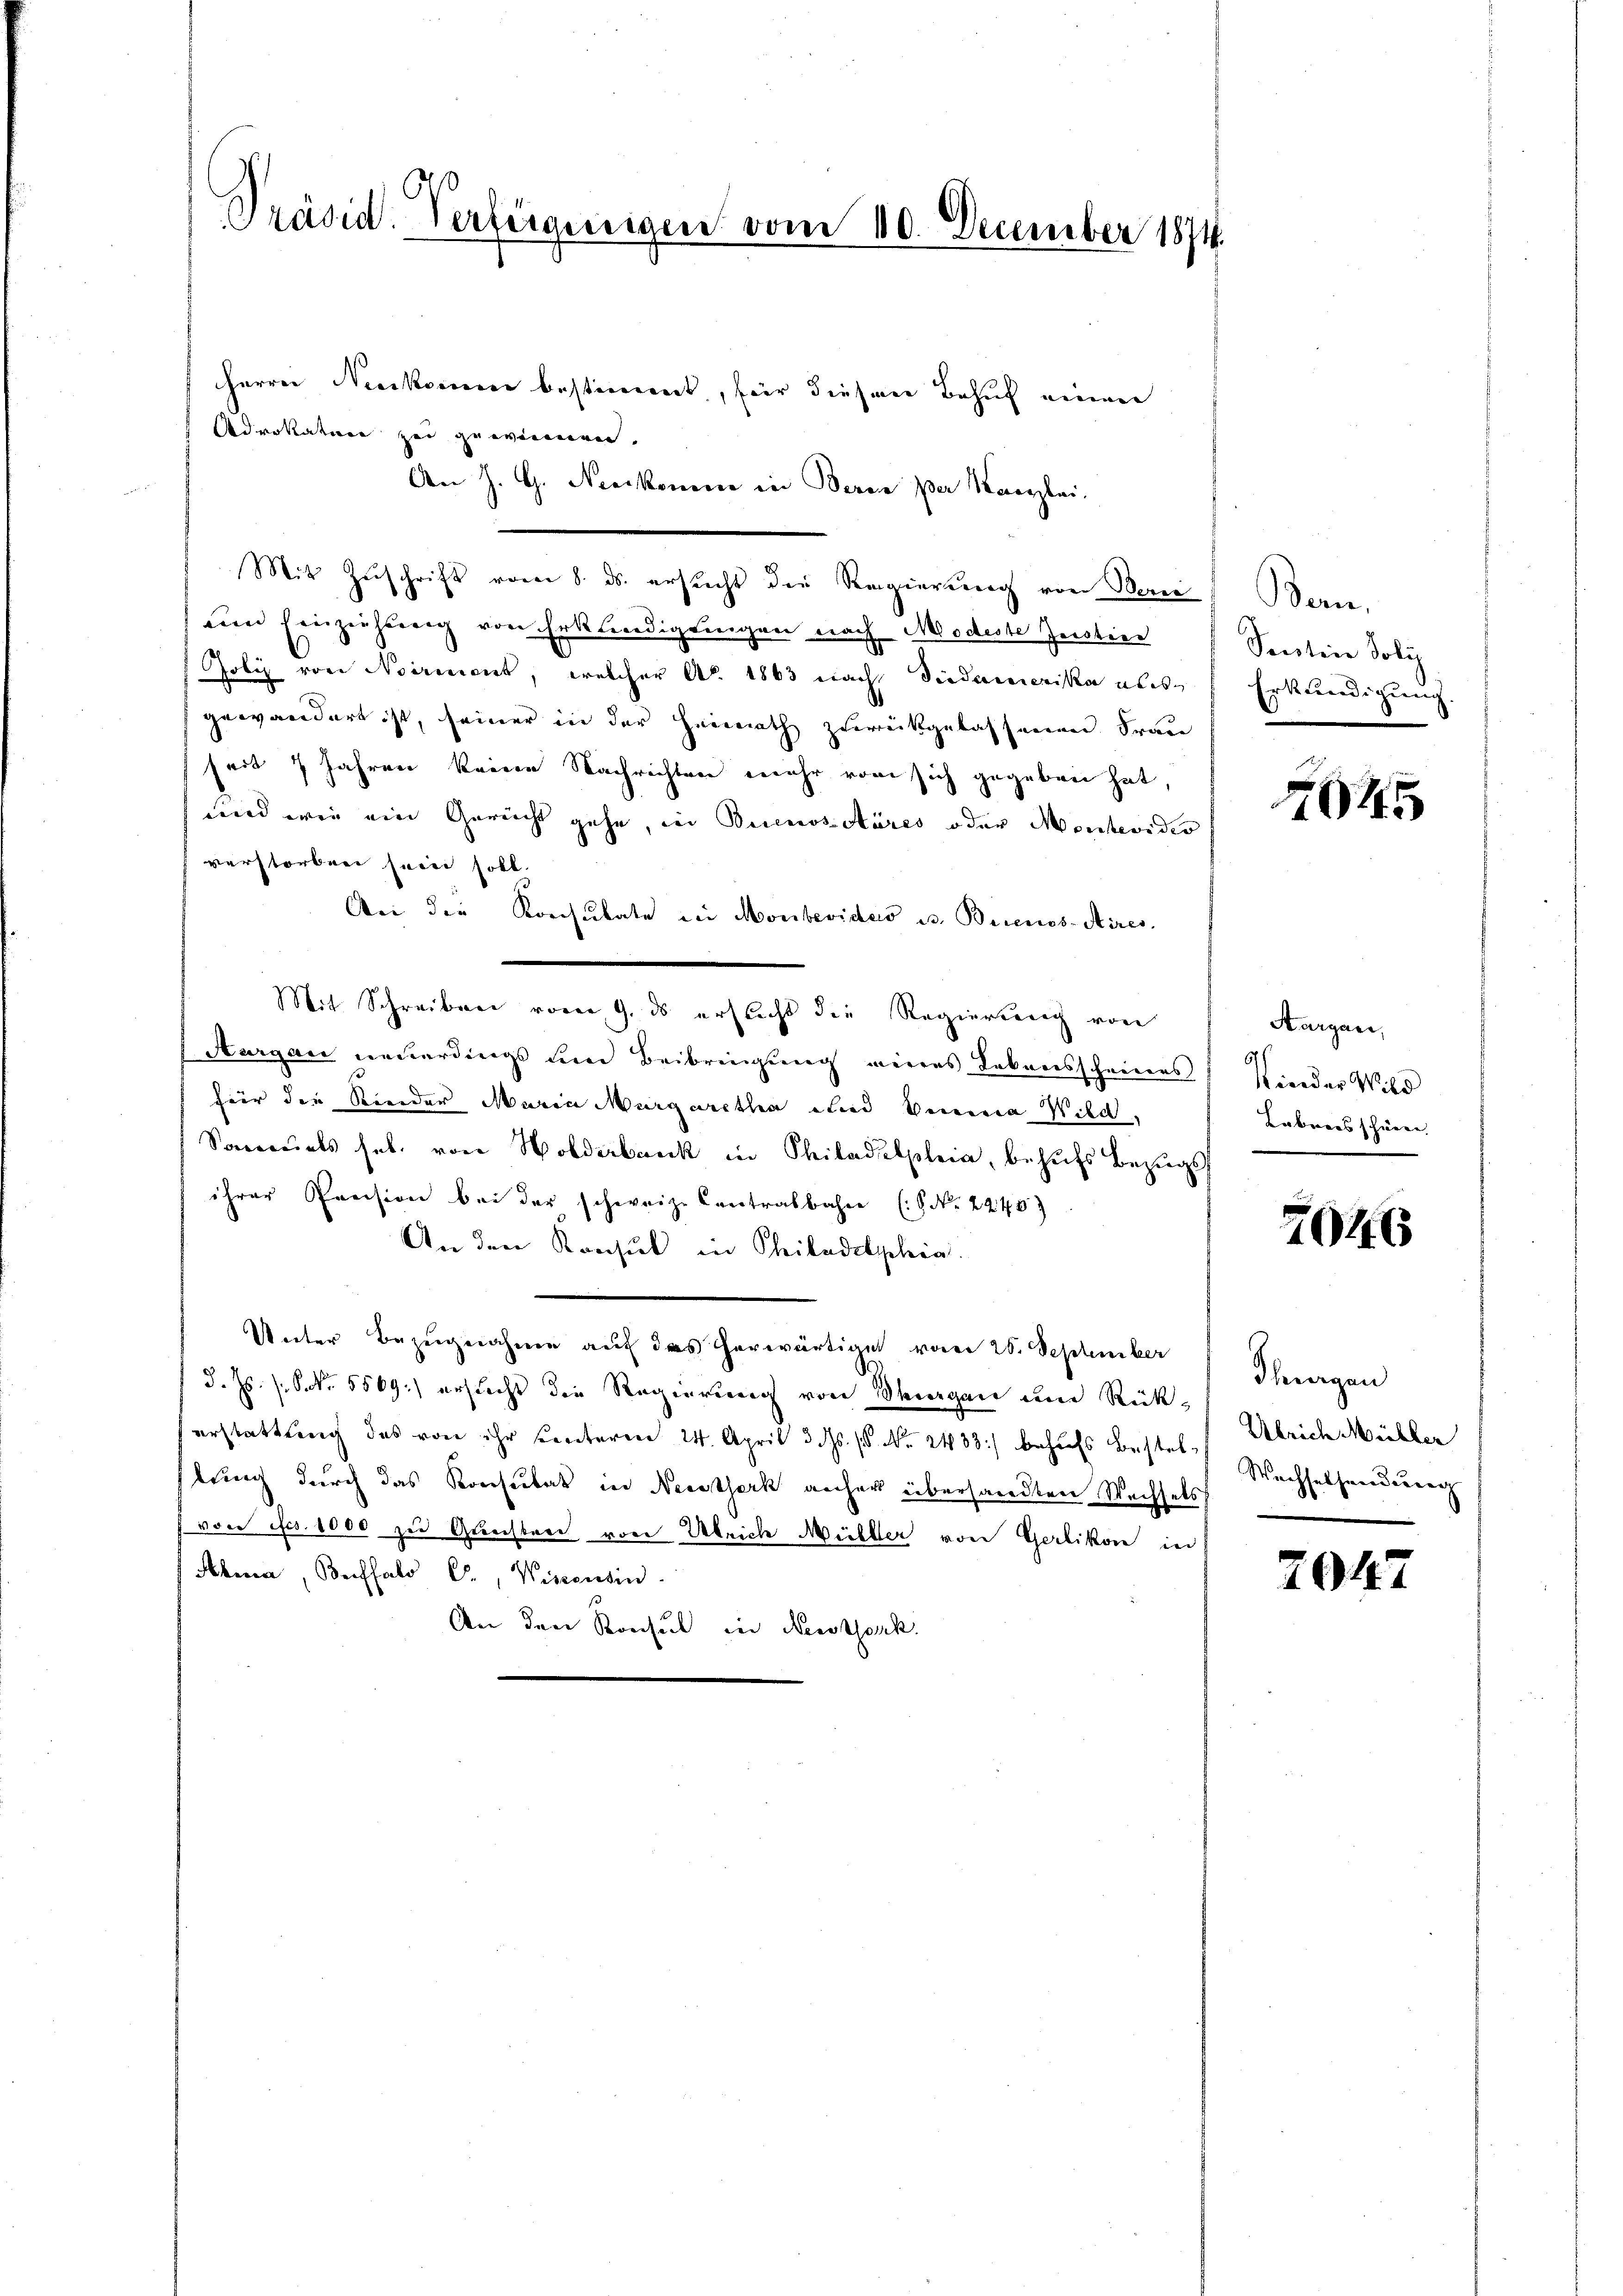
Präsid. Verfirgengen vom 10. December 1874.

herrn Neukomm bestimmt, für diesen Behuf einen
Advokation zu gewinneren.
An J. G. Neukomme in Berne per Kanzlei.
Mit Zuschrift vom 8. ds. ersucht die Regierung von Berei Bern,
um Einziehung von Erkundigungen nach Modeste Zerstier
Joli von Noirment, welcher Ao. 1863 nach Siedamerika als Erkundigung.
gewändert ist, seiner in der Heimath zurückgelassenen Frau
seit 7 Jahren keine Nachrichten mehr vom sich gegeben hat,
wird wie ein Gerecht gehe, in Buenosstares oder Montevidio
verstorben sein soll.
Aei die Konsulate in Montevides u. Buenos-Aires.
Mit Schreiben vom 9. ds ersucht die Regierung von
Aurgau neuerdings und Beibringung eines Lebensscheiners Kinder Wild
für die Kinder Maria Margaretha und Venia Wild.
Samuels habe von Holderbank in Philadelplein, behufs Bezugs
ihrer Pension bei der schweize Contralbahn (S. Nr. 22483
An den Konsul in Philadelphia
Unter Bezugnahme auf das herwärtigen vom 28. September
d. Js. s. S. 5569) ersucht die Regierung von Seegen und Rückerstattung des von ihr unterm 24. April d. s. f. No. 2438) behufs Bestel- Ulrich Mühler
tung durch das Konsulat in Nestserk anher übersandten Wechsels
f von fr. 1000 zu Querster von Ulrich Müller von Gerlikon in
Ahena, Buffalo C., Wissensin
An den Konsul in Rectorik.

Sentin Soli

2045

Aargau,
Labners schönen.

7046

Thurgen
Wachselsendung

2047